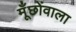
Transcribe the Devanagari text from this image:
मूँछोंवाला